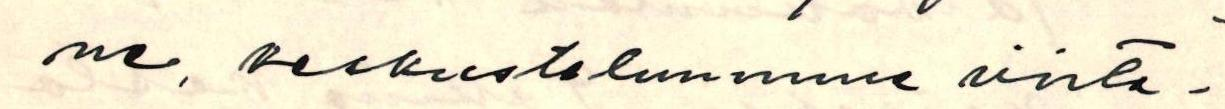
ne, keskusteluumme viita-